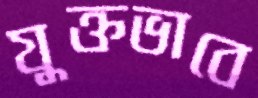
যুক্তভাবে